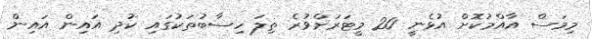
މިމަސް އާއްމުކޮށް އުޅެނީ 20 މީޓަރަށްވުރެ ތިލަ ހިސާބުތަކުގައި ކުދި އައިން އައިން